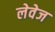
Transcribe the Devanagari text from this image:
लेवेज